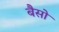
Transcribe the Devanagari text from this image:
बैसो